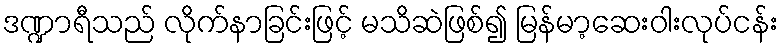
ဒဏ္ဍာရီသည် လိုက်နာခြင်းဖြင့် မသိဆဲဖြစ်၍ မြန်မာ့ဆေးဝါးလုပ်ငန်း